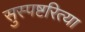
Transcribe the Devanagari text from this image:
सुस्पष्टरित्या